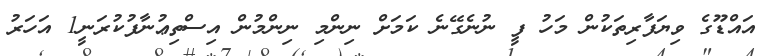
އައްޑޫގެ ވިޔަފާރިތަކުން މަހު ފީ ނުނެގޭނެ ކަމަށް ނިންމި ނިންމުން އިސްތިޢުނާފުކުރަނީ1 އަހަރު